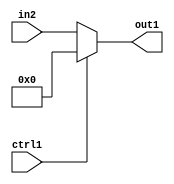
`timescale 1ps / 1ps
/*****************************************************************************
    Verilog RTL Description
    
    
    Created by: Stratus DpOpt 2019.1.01 
*******************************************************************************/

module st_feature_addr_gen_N_Mux_16_2_24_4_0 (
	in2,
	ctrl1,
	out1
	); /* architecture "behavioural" */ 
input [15:0] in2;
input  ctrl1;
output [15:0] out1;
wire [15:0] asc001;

reg [15:0] asc001_tmp_0;
assign asc001 = asc001_tmp_0;
always @ (ctrl1 or in2) begin
	case (ctrl1)
		1'B1 : asc001_tmp_0 = 16'B0000000000000000 ;
		default : asc001_tmp_0 = in2 ;
	endcase
end

assign out1 = asc001;
endmodule

/* CADENCE  uLn2Sg0= : u9/ySgnWtBlWxVPRXgAZ4Og= ** DO NOT EDIT THIS LINE ******/